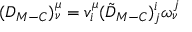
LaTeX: ( D _ { M - C } ) _ { \nu } ^ { \mu } = v _ { i } ^ { \mu } ( \tilde { D } _ { M - C } ) _ { j } ^ { i } \omega _ { \nu } ^ { j }